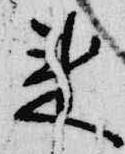
来